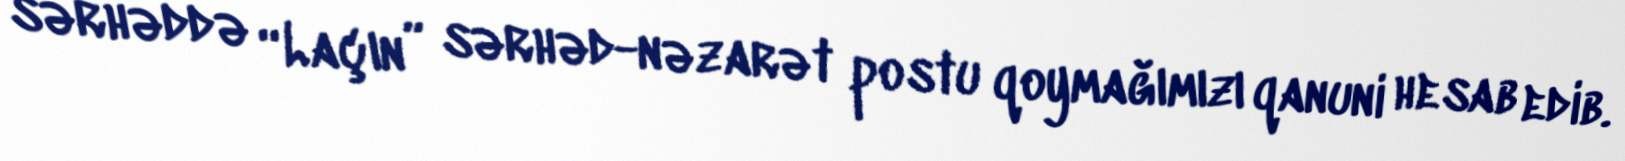
sərhəddə “Laçın” sərhəd-nəzarət postu qoymağımızı qanuni hesab edib.